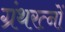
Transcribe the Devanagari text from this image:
ग्रंथरत्नों